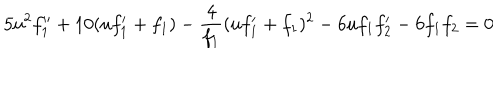
5 u ^ { 2 } f _ { 1 } ^ { \prime \prime } + 1 0 ( u f _ { 1 } ^ { \prime } + f _ { 1 } ) - \frac { 4 } { f _ { 1 } } ( u f _ { 1 } ^ { \prime } + f _ { 1 } ) ^ { 2 } - 6 u f _ { 1 } f _ { 2 } ^ { \prime } - 6 f _ { 1 } f _ { 2 } = 0